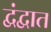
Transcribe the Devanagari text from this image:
द्वंद्वात